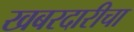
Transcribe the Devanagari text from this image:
खबरदारीचा